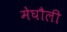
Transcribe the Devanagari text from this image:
मेघौली